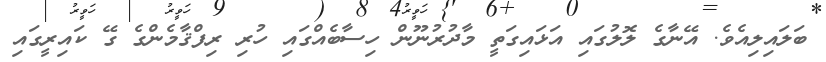
ބަލައިލިއެވެ. އޭނާގެ ލޮލުގައި އަޅައިގަތީ މާދުރުނޫން ހިސާބެއްގައި ހުރި ރިފްޤާމެންގެ ގޭ ކައިރީގައި